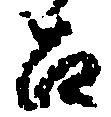
召